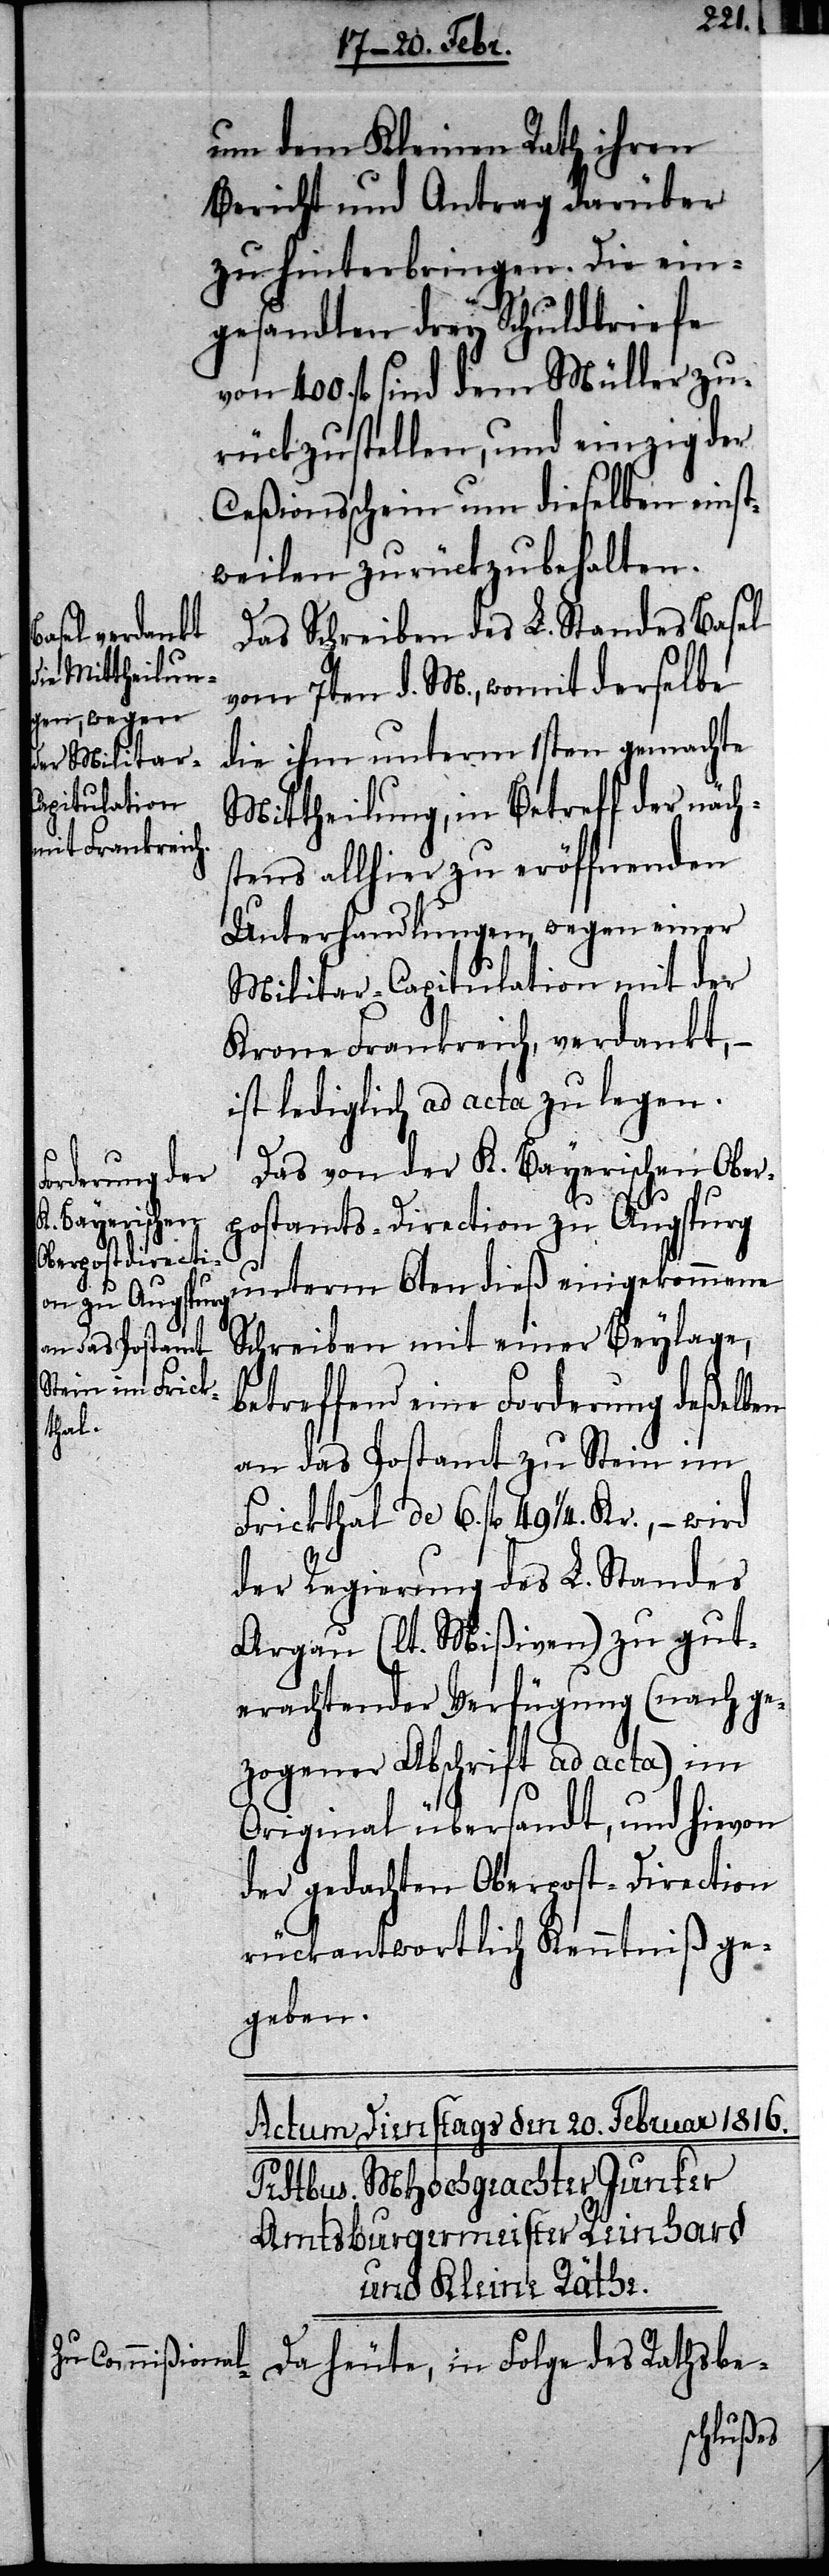
um dem Kleinen Rath ihren
Bericht und Antrag darüber
zu hinterbringen. Die ein¬
gesandten drey Schuldbriefe
von 400. fl sind dem Müller zu¬
rückzustellen, und einzig der
Caßionsschein um dieselben einst¬
weilen zurückzubehalten.
Das Schreiben des L. Standes Basel
vom 7ten d. M., womit derselbe
die ihm unterm 1sten gemachte
Mittheilung, in Betreff der näch¬
stens allhier zu eröffnenden
Unterhandlungen, wegen einer
Militar-Capitulation mit der
Krone Frankreich, verdankt, –
ist lediglich ad acta zu legen.
Das von der K. Bayerischen Ober¬
postamts-Direction zu Augspurg
unterm 6ten dieß eingekommene
Schreiben mit einer Beylage,
betreffend eine Forderung deßelben
an das Postamt zu Stein im
Frickthal de 6. fl 49 1/4. Kr., – wird
der Regierung des L. Standes
Argau (lt. Mißiven) zu gut¬
erachtender Verfügung (nach ge¬
zogener Abschrift ad acta) im
Original übersandt, und hievon
der gedachten Oberpost-Direction
rückantwortlich Kenntniß ge¬
geben.
Da heute, in Folge des Rathsbe-